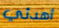
أهدئي